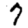
Digit: 7